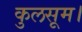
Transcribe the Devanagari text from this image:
कुलसूम।